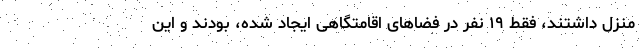
منزل داشتند، فقط ۱۹ نفر در فضاهای اقامتگاهی ایجاد شده، بودند و این